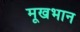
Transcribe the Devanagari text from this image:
मूखभान